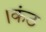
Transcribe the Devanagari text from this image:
।कंठ